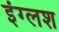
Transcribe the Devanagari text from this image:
इंग्लश